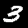
Label: 3